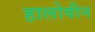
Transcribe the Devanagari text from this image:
हालोवीन